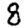
Digit: 8